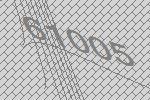
61005